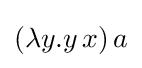
(\lambda y.y\,x)\,a